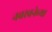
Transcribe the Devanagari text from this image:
नवरचनेच्या